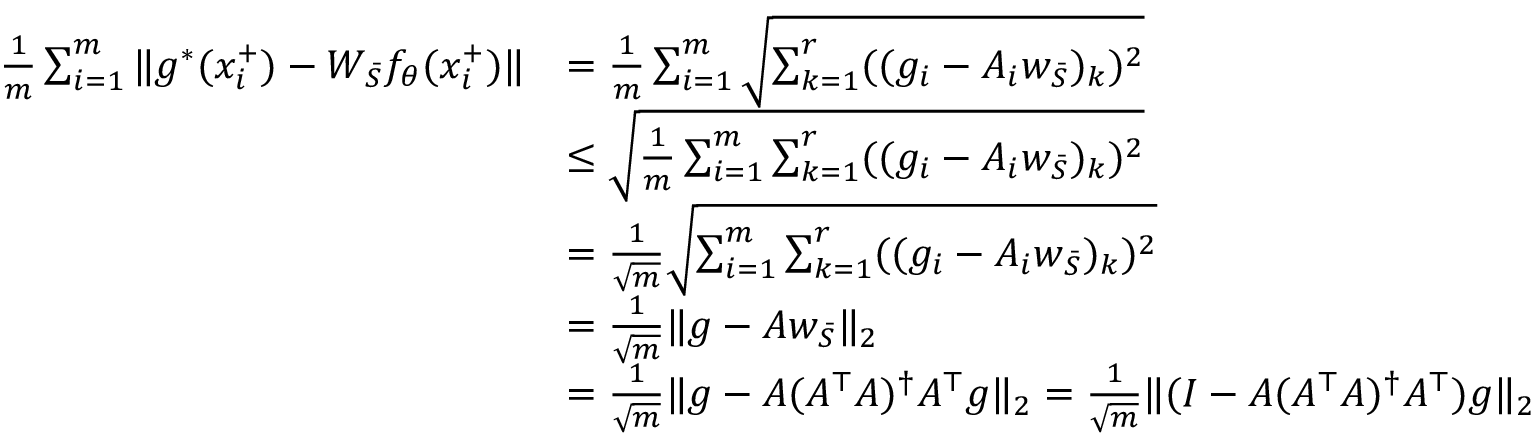
\begin{array} { r l } { \frac { 1 } { m } \sum _ { i = 1 } ^ { m } \| g ^ { * } ( x _ { i } ^ { + } ) - W _ { { \bar { S } } } f _ { \theta } ( x _ { i } ^ { + } ) \| } & { = \frac { 1 } { m } \sum _ { i = 1 } ^ { m } \sqrt { \sum _ { k = 1 } ^ { r } ( ( g _ { i } - A _ { i } w _ { \bar { S } } ) _ { k } ) ^ { 2 } } } \\ & { \le \sqrt { \frac { 1 } { m } \sum _ { i = 1 } ^ { m } \sum _ { k = 1 } ^ { r } ( ( g _ { i } - A _ { i } w _ { \bar { S } } ) _ { k } ) ^ { 2 } } } \\ & { = \frac { 1 } { \sqrt { m } } \sqrt { \sum _ { i = 1 } ^ { m } \sum _ { k = 1 } ^ { r } ( ( g _ { i } - A _ { i } w _ { \bar { S } } ) _ { k } ) ^ { 2 } } } \\ & { = \frac { 1 } { \sqrt { m } } \| g - A w _ { \bar { S } } \| _ { 2 } } \\ & { = \frac { 1 } { \sqrt { m } } \| g - A ( A ^ { \top } A ) ^ { \dagger } A ^ { \top } g \| _ { 2 } = \frac { 1 } { \sqrt { m } } \| ( I - A ( A ^ { \top } A ) ^ { \dagger } A ^ { \top } ) g \| _ { 2 } } \end{array}